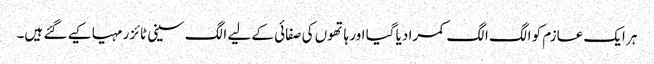
ہر ایک عازم کو الگ الگ کمرا دیا گیا اور ہاتھوں کی صفائی کے لیے الگ سینی ٹائزر مہیا کیے گئے ہیں۔